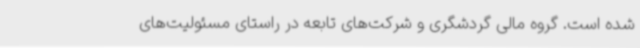
شده است. گروه مالی گردشگری و شرکت‌های تابعه در راستای مسئولیت‌های